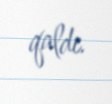
qaldı.